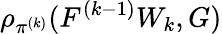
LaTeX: \rho_{\pi^{(k)}}(F^{(k-1)}W_{k},G)